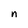
Character: n